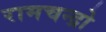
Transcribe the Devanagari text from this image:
रामचन्द्रो